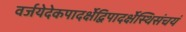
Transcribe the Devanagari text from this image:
वर्जयेदेकपादर्क्षेद्विपादर्क्षेस्थिसंचयं